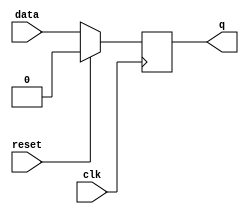
module flip_flop (
    input clk,
    input reset,
    input data,
    output reg q
);

always @ (negedge clk) begin
    if (reset) begin
        q <= 1'b0;
    end else begin
        q <= data;
    end
end

endmodule